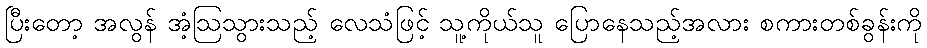
ပြီးတော့ အလွန် အံ့ဩသွားသည့် လေသံဖြင့် သူ့ကိုယ်သူ ပြောနေသည့်အလား စကားတစ်ခွန်းကို